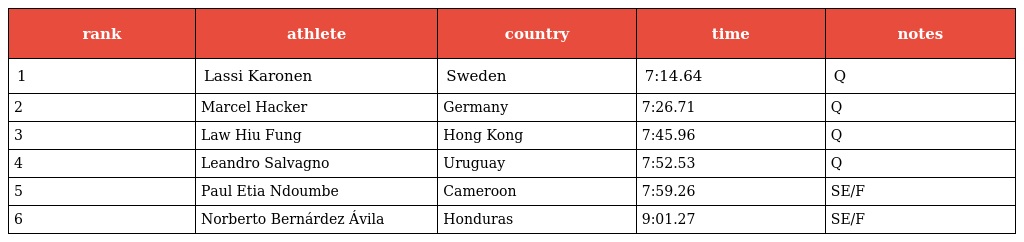
| rank | athlete | country | time | notes |
 | --- | --- | --- | --- | --- |
 | 1 | Lassi Karonen | Sweden | 7:14.64 | Q |
 | 2 | Marcel Hacker | Germany | 7:26.71 | Q |
 | 3 | Law Hiu Fung | Hong Kong | 7:45.96 | Q |
 | 4 | Leandro Salvagno | Uruguay | 7:52.53 | Q |
 | 5 | Paul Etia Ndoumbe | Cameroon | 7:59.26 | SE/F |
 | 6 | Norberto Bernárdez Ávila | Honduras | 9:01.27 | SE/F |